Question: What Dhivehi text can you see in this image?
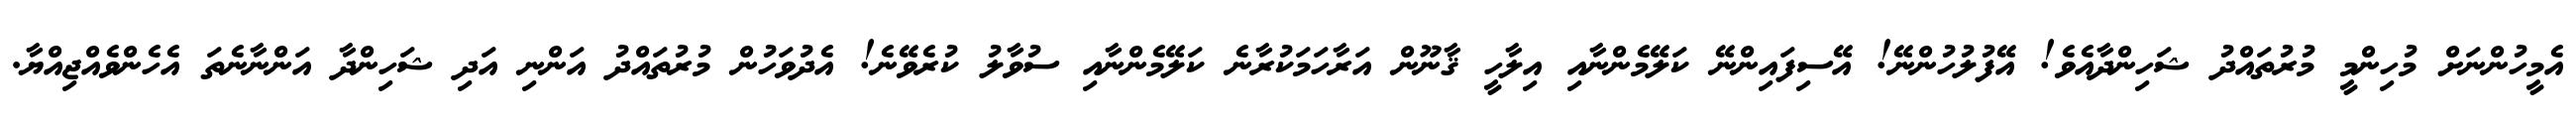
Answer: އެމީހުންނަށް މުހިންމީ މުރުތައްދު ޝަހިންދާއެވެ! އޭފުލުހުންނޭ! އޭސިފައިންނޭ ކަލޭމެންނާއި އިލާހީ ޤާނޫން އަރާހަމަކުރާނެ ކަލޭމެންނާއި ސުވާލު ކުރެވޭނެ! އެދުވަހުން މުރުތައްދު އަންނި އަދި ޝަހިންދާ އަންނާނެތަ އެހެންވެއްޖިއްޔާ.